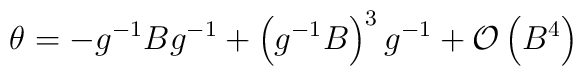
\theta =-g^{-1}Bg^{-1}+\left( g^{-1}B\right) ^{3}g^{-1}+\mathcal{O}	\left( B^{4}\right)